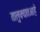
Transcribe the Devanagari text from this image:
तालुक्यातआहे